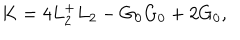
K = 4 L _ { 2 } ^ { + } L _ { 2 } - G _ { 0 } G _ { 0 } + 2 G _ { 0 } ,